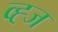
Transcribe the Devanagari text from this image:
व्ह्ज